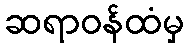
ဆရာဝန်ထံမှ